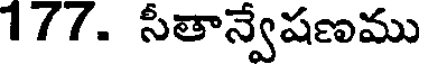
177. సీతాన్వేషణము